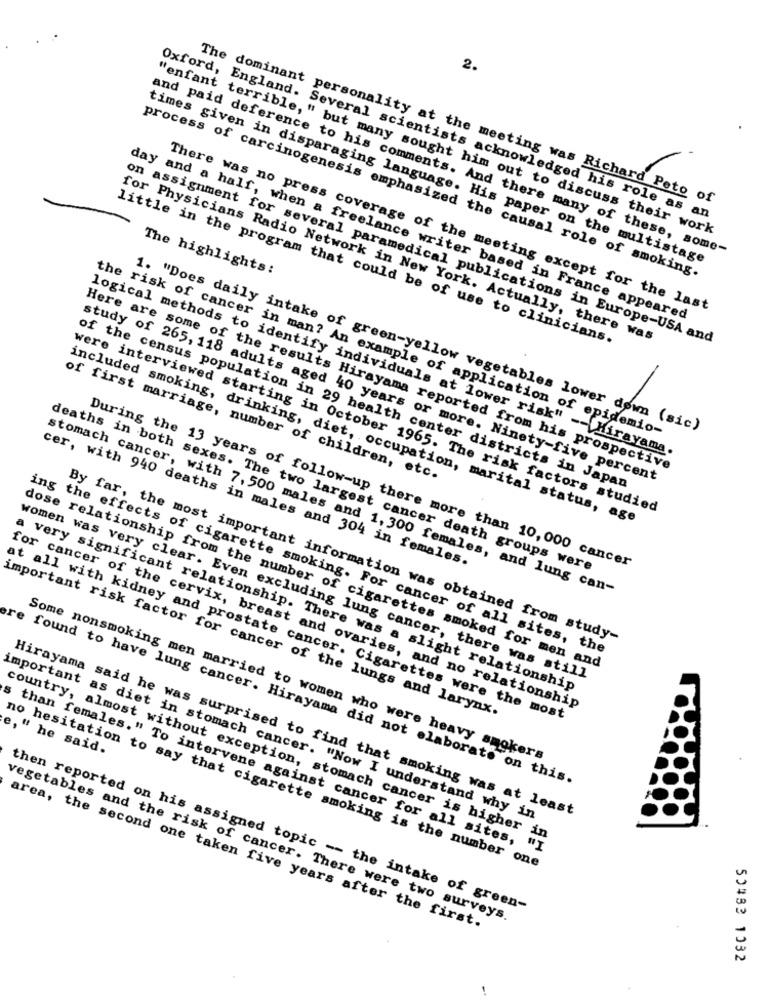
2.
The dominant personality at the meeting was Richard Peto of
Oxford, England. Several scientists acknowledged his role as an
"enfant terrible, " but many sought him out to discuss their work
and paid deference to his comments. And there many of these, some-
times given in disparaging language. His paper on the multistage
process of carcinogenesis emphasized the causal role of smoking.
The highlights:
There was no press coverage of the meeting except for the last
day and a half, when a freelance writer based in France appeared
little in the program that could be of use to clinicians.
for Physicians Radio Network in New York. Actually, there was
on assignment for several paramedical publications in Europe-USA and
the risk of cancer in man? An example of application of epidemio-
1. "Does daily intake of green-yellow vegetables lower down (sic)
logical methods to identify individuals at lower risk" -- Kirayama.
Here are some of the results Hirayama reported from his prospective
of first marriage, number of children, etc.
study of 265, 118 adults aged 40 years or more. Ninety-five percent
of the census population in 29 health center districts in Japan
were interviewed starting in October 1965. The risk factors studied
included smoking, drinking, diet, occupation, marital status, age
cer, with 940 deaths in males and 304 in females.
deaths in both sexes. The two largest cancer death groups were
During the 13 years of follow-up there more than 10, 000 cancer
stomach cancer, with 7, 500 males and 1, 300 females, and lung can-
By far, the most important information was obtained from study-
ing the effects of cigarette smoking. For cancer of all sites, the
dose relationship from the number of cigarettes smoked for men and
women was very clear. Even excluding lung cancer, there was still
a very significant relationship. There was a slight relationship
important risk factor for cancer of the lungs and larynx.
for cancer of the cervix, breast and ovaries, and no relationship
at all with kidney and prostate cancer. Cigarettes were the most
e, " he said.
Some nonsmoking men married to women who were heavy smokers
found to have lung cancer. Hirayama did not elaborate on this.
Hirayama said he was surprised to find that smoking was at least
important as diet in stomach cancer. "Now I understand why in
s than females." To intervene against cancer for all sites,
country, almost without exception, stomach cancer is higher in
no hesitation to say that cigarette smoking is the number
one
then reported on his assigned topic -- the intake of green-
vegetables and the risk of cancer. There were two surveys.
area, the second one taken five years after the first.
50483 1032